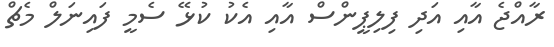
ރާއްޖެ އާއި އަދި ފިލިޕީންސް އާއި އެކު ކުޅޭ ސެމީ ފައިނަލް މެޗް